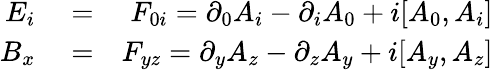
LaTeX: \begin{array}{rlr}{E_{i}}&{{}=}&{F_{0i}=\partial_{0}A_{i}-\partial_{i}A_{0}+i[A_{0},A_{i}]}\\ {B_{x}}&{{}=}&{F_{yz}=\partial_{y}A_{z}-\partial_{z}A_{y}+i[A_{y},A_{z}]}\end{array}